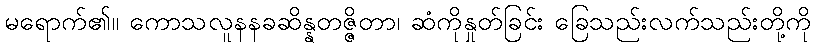
မရောက်၏။ ကောသလူနနခဆိန္နတဇ္ဇိတာ၊ ဆံကိုနှုတ်ခြင်း ခြေသည်းလက်သည်းတို့ကို